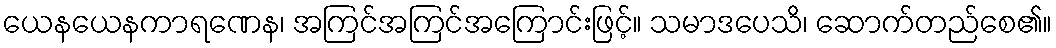
ယေနယေနကာရဏေန၊ အကြင်အကြင်အကြောင်းဖြင့်။ သမာဒပေသိ၊ ဆောက်တည်စေ၏။